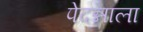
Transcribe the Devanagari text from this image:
पेदन्नाला